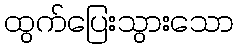
ထွက်ပြေးသွားသော